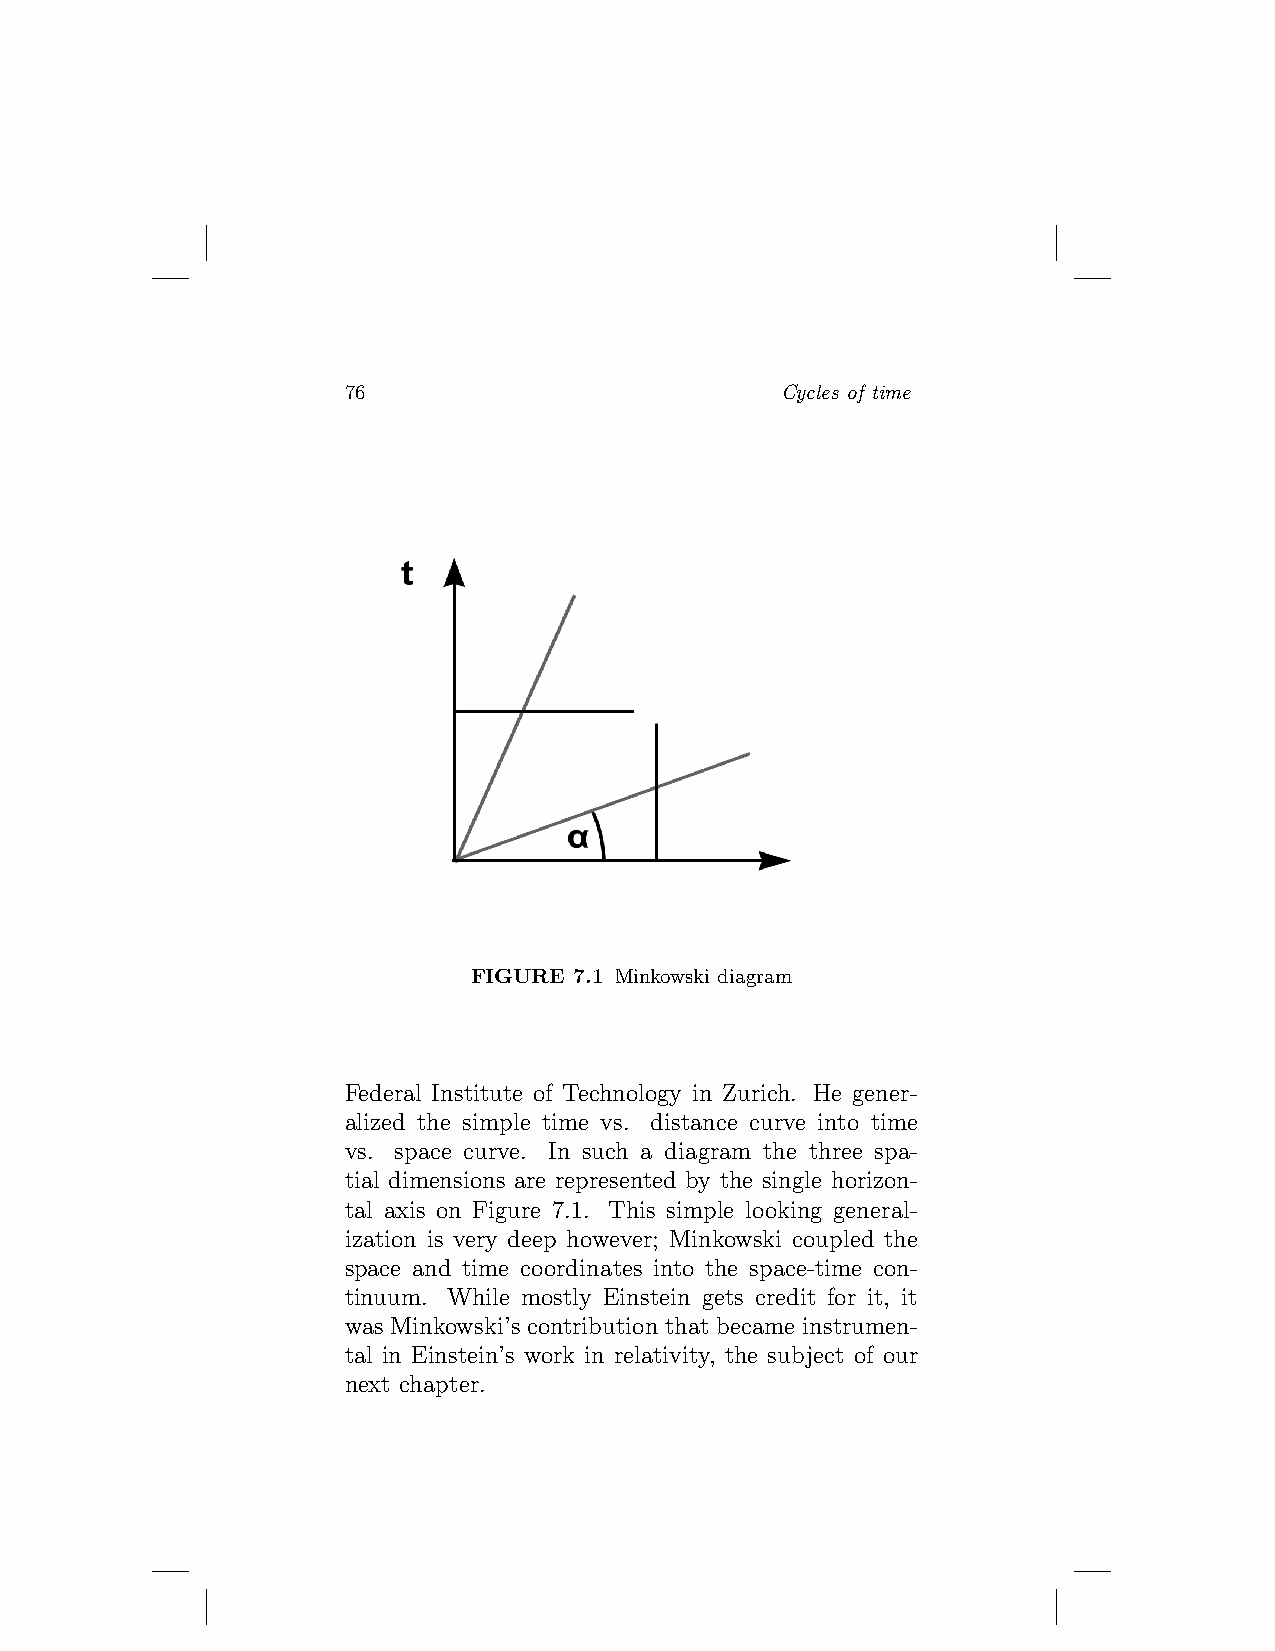
76                           Cycles of time
 FIGURE 7.1 Minkowski diagram
 Federal Institute of Technology in Zurich. He gener-
 alized the simple time vs. distance curve into time
 vs. space curve. In such a diagram the three spa-
 tial dimensions are represented by the single horizon-
 tal axis on Figure 7.1. This simple looking general-
 ization is very deep however; Minkowski coupled the
 space and time coordinates into the space-time con-
 tinuum. While mostly Einstein gets credit for it, it
 was Minkowski’s contribution that became instrumen-
 tal in Einstein’s work in relativity, the subject of our
 next chapter.